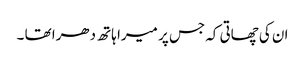
ان کی چھاتی کہ جس پر میرا ہاتھ دھرا تھا ۔